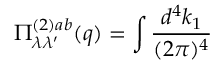
\Pi _ { \lambda \lambda ^ { \prime } } ^ { ( 2 ) a b } ( q ) = \int \frac { d ^ { 4 } k _ { 1 } } { ( 2 \pi ) ^ { 4 } }